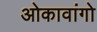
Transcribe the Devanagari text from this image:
ओकावांगो